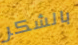
بالشكر